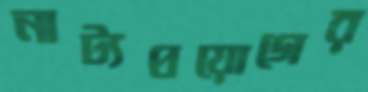
নাট্যপ্রয়োগের